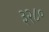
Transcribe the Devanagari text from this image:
३२८०